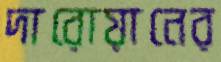
দারোয়ানের